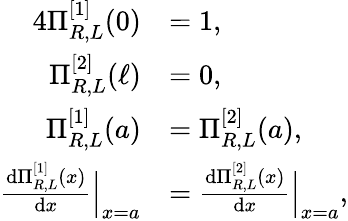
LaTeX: \begin{array}{rl}{{4}\Pi_{R,L}^{[1]}(0)}&{=1,}\\ {\Pi_{R,L}^{[2]}(\ell)}&{=0,}\\ {\Pi_{R,L}^{[1]}(a)}&{=\Pi_{R,L}^{[2]}(a),}\\ {\frac{\mathrm{d}\Pi_{R,L}^{[1]}(x)}{\mathrm{d}x}\Big|_{x=a}}&{=\frac{\mathrm{d}\Pi_{R,L}^{[2]}(x)}{\mathrm{d}x}\Big|_{x=a},}\end{array}